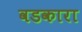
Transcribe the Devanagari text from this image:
वडकारा